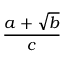
\frac { a + { \sqrt { b } } } { c }